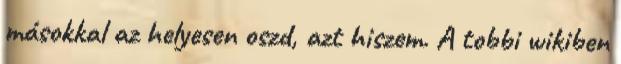
másokkal az helyesen oszd, azt hiszem. A tobbi wikiben